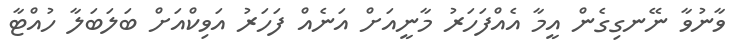
ވާނުވާ ނޭނގިގެން އީމާ އެއްފަހަރު މާނީއަށް އަނެއް ފަހަރު އަވިކްއަށް ބަލަބަލާ ހުއްޓާ